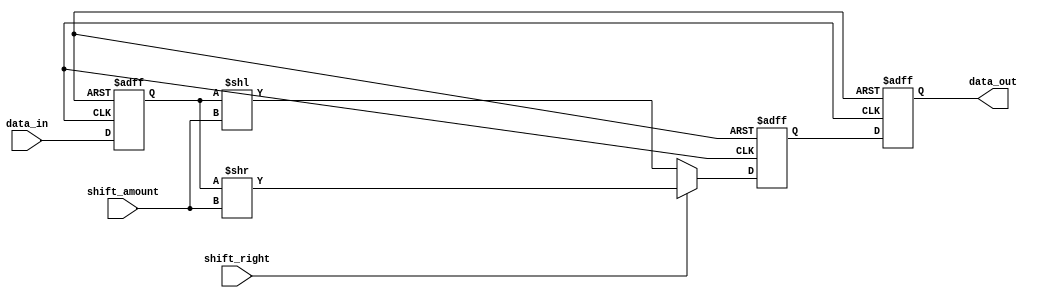
module PipelineShifter(
    input wire [7:0] data_in,
    input wire [1:0] shift_amount,
    input wire shift_right,
    output wire [7:0] data_out
);

// Define pipeline registers
reg [7:0] stage1_out, stage2_out, stage3_out;

// Stage 1: Capture input data
always @(posedge clk or posedge reset) begin
    if (reset) begin
        stage1_out <= 8'b0;
    end else begin
        stage1_out <= data_in;
    end
end

// Stage 2: Perform the shift operation
always @(posedge clk or posedge reset) begin
    if (reset) begin
        stage2_out <= 8'b0;
    end else if (shift_right) begin
        stage2_out <= stage1_out >> shift_amount;
    end else begin
        stage2_out <= stage1_out << shift_amount;
    end
end

// Stage 3: Capture the shifted data
always @(posedge clk or posedge reset) begin
    if (reset) begin
        stage3_out <= 8'b0;
    end else begin
        stage3_out <= stage2_out;
    end
end

// Output stage
assign data_out = stage3_out;

endmodule